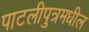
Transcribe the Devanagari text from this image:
पाटलीपुत्रमधील